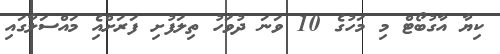
ކިޔާ އާގުބޯޓް މި މަހުގެ 10 ވަނަ ދުވަހު ތިލަފުށި ފަރަށްއެި މައްސަލާގައި